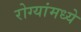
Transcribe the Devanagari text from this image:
रोग्यांमध्ये